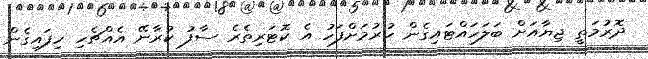
ދޮރުމަތީ ޖިޔާއަށް ބަލަހައްޓައިގެން ހުރުމަށްފަހު އެ ކޮޓަރިތެރެ ސާފު ކުރާނޭ އެއްޗެހި ހިފައިގެން